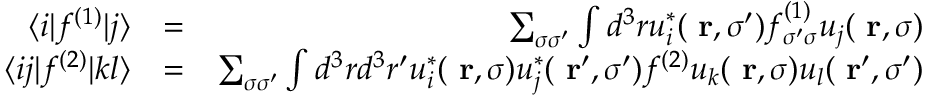
\begin{array} { r l r } { \langle i | f ^ { ( 1 ) } | j \rangle } & { = } & { \sum _ { \sigma \sigma ^ { \prime } } \int d ^ { 3 } r u _ { i } ^ { * } ( \mathrm { \bf ~ r } , \sigma ^ { \prime } ) f _ { \sigma ^ { \prime } \sigma } ^ { ( 1 ) } u _ { j } ( \mathrm { \bf ~ r } , \sigma ) } \\ { \langle i j | f ^ { ( 2 ) } | k l \rangle } & { = } & { \sum _ { \sigma \sigma ^ { \prime } } \int d ^ { 3 } r d ^ { 3 } r ^ { \prime } u _ { i } ^ { * } ( \mathrm { \bf ~ r } , \sigma ) u _ { j } ^ { * } ( \mathrm { \bf ~ r } ^ { \prime } , \sigma ^ { \prime } ) f ^ { ( 2 ) } u _ { k } ( \mathrm { \bf ~ r } , \sigma ) u _ { l } ( \mathrm { \bf ~ r } ^ { \prime } , \sigma ^ { \prime } ) } \end{array}